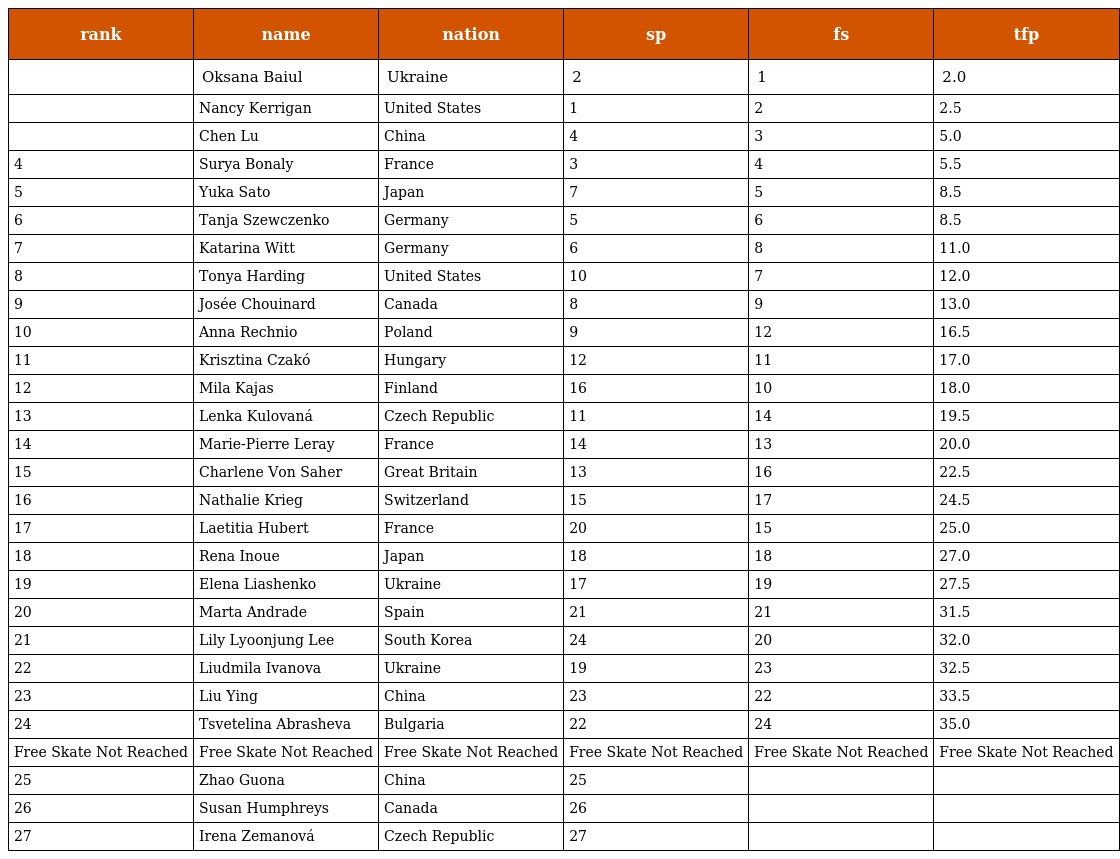
| rank | name | nation | sp | fs | tfp |
 | --- | --- | --- | --- | --- | --- |
 |  | Oksana Baiul | Ukraine | 2 | 1 | 2.0 |
 |  | Nancy Kerrigan | United States | 1 | 2 | 2.5 |
 |  | Chen Lu | China | 4 | 3 | 5.0 |
 | 4 | Surya Bonaly | France | 3 | 4 | 5.5 |
 | 5 | Yuka Sato | Japan | 7 | 5 | 8.5 |
 | 6 | Tanja Szewczenko | Germany | 5 | 6 | 8.5 |
 | 7 | Katarina Witt | Germany | 6 | 8 | 11.0 |
 | 8 | Tonya Harding | United States | 10 | 7 | 12.0 |
 | 9 | Josée Chouinard | Canada | 8 | 9 | 13.0 |
 | 10 | Anna Rechnio | Poland | 9 | 12 | 16.5 |
 | 11 | Krisztina Czakó | Hungary | 12 | 11 | 17.0 |
 | 12 | Mila Kajas | Finland | 16 | 10 | 18.0 |
 | 13 | Lenka Kulovaná | Czech Republic | 11 | 14 | 19.5 |
 | 14 | Marie-Pierre Leray | France | 14 | 13 | 20.0 |
 | 15 | Charlene Von Saher | Great Britain | 13 | 16 | 22.5 |
 | 16 | Nathalie Krieg | Switzerland | 15 | 17 | 24.5 |
 | 17 | Laetitia Hubert | France | 20 | 15 | 25.0 |
 | 18 | Rena Inoue | Japan | 18 | 18 | 27.0 |
 | 19 | Elena Liashenko | Ukraine | 17 | 19 | 27.5 |
 | 20 | Marta Andrade | Spain | 21 | 21 | 31.5 |
 | 21 | Lily Lyoonjung Lee | South Korea | 24 | 20 | 32.0 |
 | 22 | Liudmila Ivanova | Ukraine | 19 | 23 | 32.5 |
 | 23 | Liu Ying | China | 23 | 22 | 33.5 |
 | 24 | Tsvetelina Abrasheva | Bulgaria | 22 | 24 | 35.0 |
 | Free Skate Not Reached | Free Skate Not Reached | Free Skate Not Reached | Free Skate Not Reached | Free Skate Not Reached | Free Skate Not Reached |
 | 25 | Zhao Guona | China | 25 |  |  |
 | 26 | Susan Humphreys | Canada | 26 |  |  |
 | 27 | Irena Zemanová | Czech Republic | 27 |  |  |